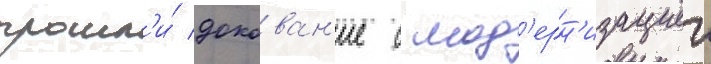
прошл'и́ докован'ие с мод'ерн'изациеи